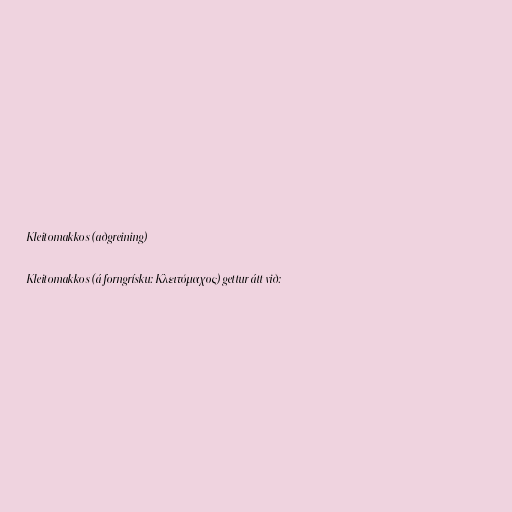
Kleitomakkos (aðgreining)

Kleitomakkos (á forngrísku: Κλειτόμαχος) gettur átt við: